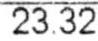
23.32